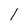
Character: l